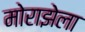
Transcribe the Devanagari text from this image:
मोराझेला